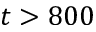
t > 8 0 0